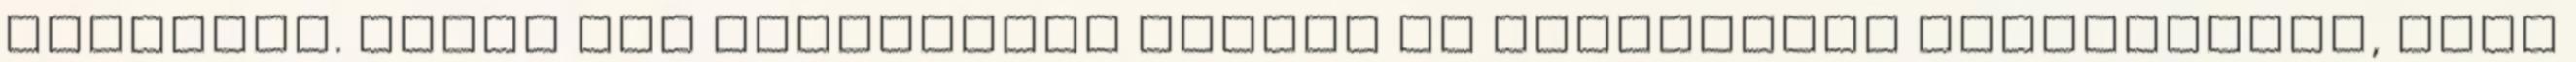
padlásra. Semmi nem emlékeztet jobban az elvégzendő házimunkára, mint